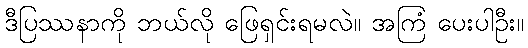
ဒီပြဿနာကို ဘယ်လို ဖြေရှင်းရမလဲ။ အကြံ ပေးပါဦး။